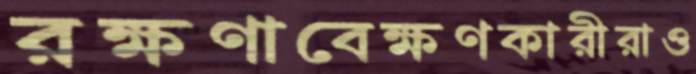
রক্ষণাবেক্ষণকারীরাও